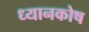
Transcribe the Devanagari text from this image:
ध्यानकोष